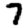
Digit: 7